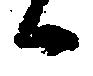
候